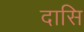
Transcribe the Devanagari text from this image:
दासि